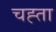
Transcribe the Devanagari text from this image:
चह्ता